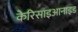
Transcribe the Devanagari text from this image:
केरिसाइआनाइड